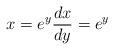
LaTeX: \begin{align*}x = e^y \frac{dx}{dy} = e^y\end{align*}